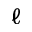
\ell